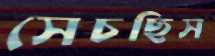
সেচছিস